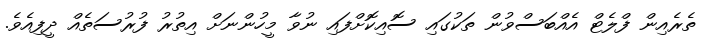
ތެރެއިން ފްލެޓް އެއްބަސްވުން ތަކުގައި ސޮއިކޮށްފައި ނުވާ މީހުންނަށް އިތުރު ފުރުސަތެއް ދީފިއެވެ.